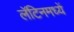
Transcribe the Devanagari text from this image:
लॅटिनमध्यें